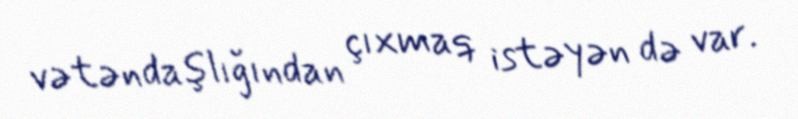
vətəndaşlığından çıxmaq istəyən də var.